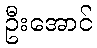
ဦးအောင်